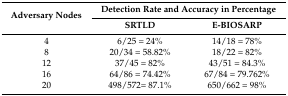
<table><thead><tr><td rowspan="2"><b>Adversary Nodes</b></td><td colspan="2"><b>Detection Rate and Accuracy in Percentage</b></td></tr><tr><td><b>SRTLD</b></td><td><b>E-BIOSARP</b></td></tr></thead><tbody><tr><td>4</td><td>6/25 = 24%</td><td>14/18 = 78%</td></tr><tr><td>8</td><td>20/34 = 58.82%</td><td>18/22 = 82%</td></tr><tr><td>12</td><td>37/45 = 82%</td><td>43/51 = 84.3%</td></tr><tr><td>16</td><td>64/86 = 74.42%</td><td>67/84 = 79.762%</td></tr><tr><td>20</td><td>498/572= 87.1%</td><td>650/662 = 98%</td></tr></tbody></table>